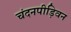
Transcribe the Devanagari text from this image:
चंदनपीड़िवन